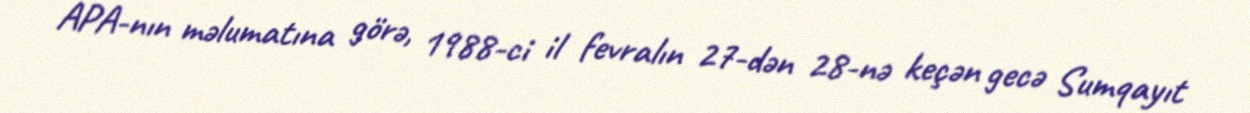
APA-nın məlumatına görə, 1988-ci il fevralın 27-dən 28-nə keçən gecə Sumqayıt